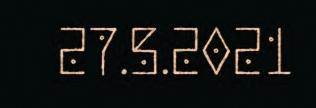
27.5.2021